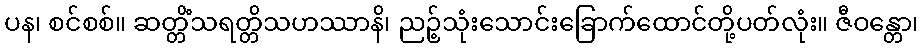
ပန၊ စင်စစ်။ ဆတ္တိံသရတ္တိသဟဿာနိ၊ ညဉ့်သုံးသောင်းခြောက်ထောင်တို့ပတ်လုံး။ ဇီဝန္တော၊